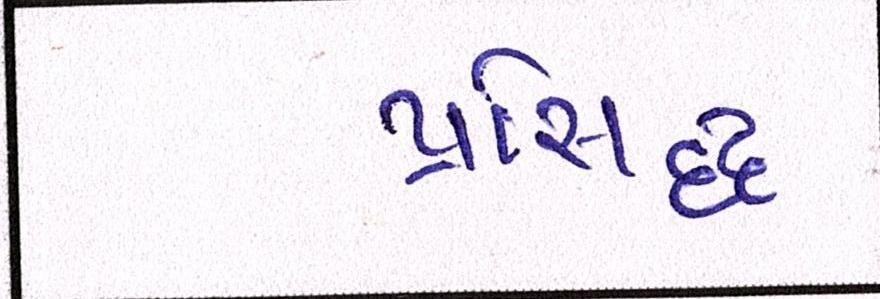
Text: પ્રસિધ્ધ